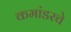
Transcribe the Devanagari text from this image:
कमांडरचे